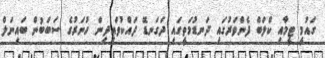
ގައުމީ ޓީމާއި ކްލަބް ފެންވަރުގައި ދަނޑުމަތީގައި ދަގަނޑޭ ދައްކުވައިދިން ހުނަރުގެ ސަބަބުން ބައިނަލް